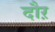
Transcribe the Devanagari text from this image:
दौऱ